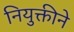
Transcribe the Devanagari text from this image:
नियुक्तीने